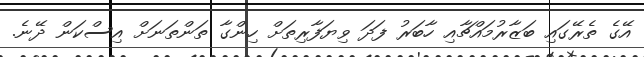
އޭގެ ތެރޭގައި ބަޒާރުމައްޗާއި ހާބަރު ފަދަ ވިޔަފާރިތަށް ހިންގާ ތަންތަނަށް އިސްކަން ދޭނެ.